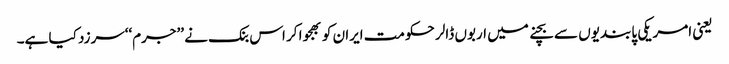
یعنی امریکی پابندیوں سے بچنے میں اربوں ڈالر حکومت ایران کو بھجوا کر اس بنک نے ’’جرم‘‘سرزد کیا ہے۔